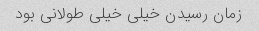
زمان رسیدن خیلی خیلی طولانی بود